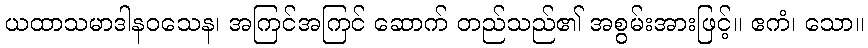
ယထာသမာဒါနဝသေန၊ အကြင်အကြင် ဆောက် တည်သည်၏ အစွမ်းအားဖြင့်။ ဧကံ၊ သော။